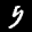
Label: 5